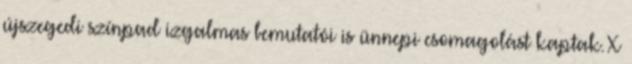
újszegedi színpad izgalmas bemutatói is ünnepi csomagolást kaptak. X